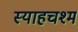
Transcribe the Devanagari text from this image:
स्याहचश्म